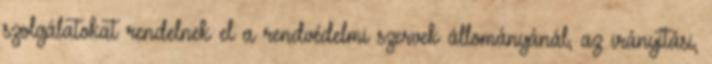
szolgálatokat rendelnek el a rendvédelmi szervek állományánál, az irányítási,